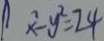
x ^ { 2 } - y ^ { 2 } = 2 4